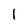
Character: 1